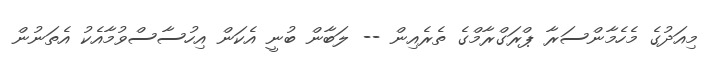
މިއަދުގެ މެހެމާންސަރާ ޕްރަގްރާމްގެ ތެރެއިން -- ލަބާން ބުނީ އެކަން އިހުސާސްވުމާއެކު އެތަނުން